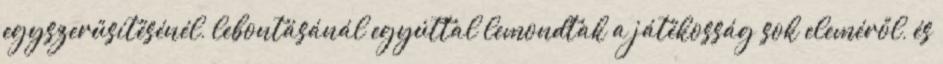
egyszerűsítésénél, lebontásánál egyúttal lemondtak a játékosság sok eleméről, és